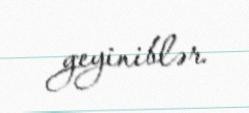
geyiniblər.